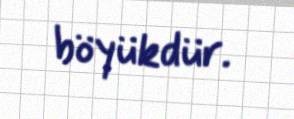
böyükdür.